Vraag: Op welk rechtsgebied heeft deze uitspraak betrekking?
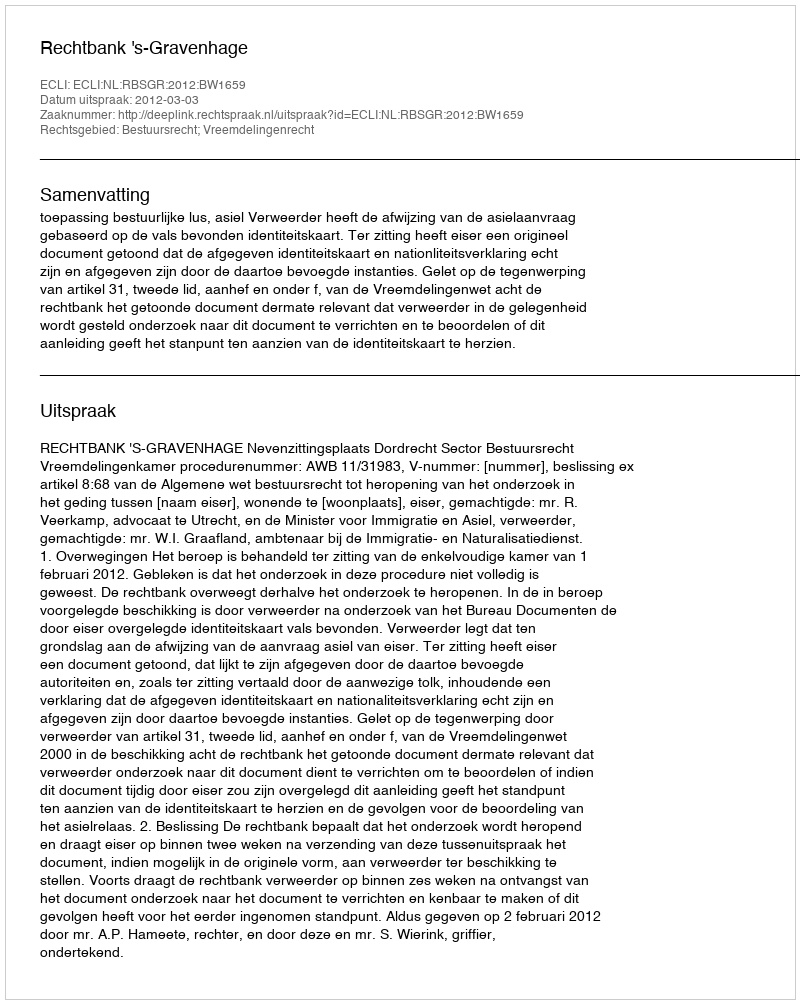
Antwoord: Bestuursrecht; Vreemdelingenrecht